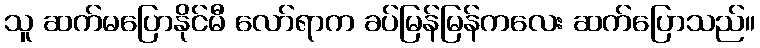
သူ ဆက်မပြောနိုင်မီ လော်ရာက ခပ်မြန်မြန်ကလေး ဆက်ပြောသည်။